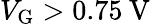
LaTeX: V_{\mathrm{G}}>0.75\: \mathrm{V}